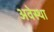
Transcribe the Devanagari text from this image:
अवेस्था